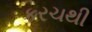
કરચથી